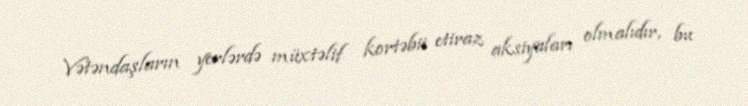
Vətəndaşların yerlərdə müxtəlif kortəbii etiraz aksiyaları olmalıdır, bu